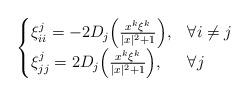
LaTeX: \begin{align*} \begin{cases} \xi^j_{ii}=-2D_j\Big(\frac{x^k\xi^k}{|x|^2+1}\Big), & \forall i\not=j\\ \xi^j_{jj}=2D_j\Big(\frac{x^k\xi^k}{|x|^2+1}\Big), & \forall j \end{cases} \end{align*}